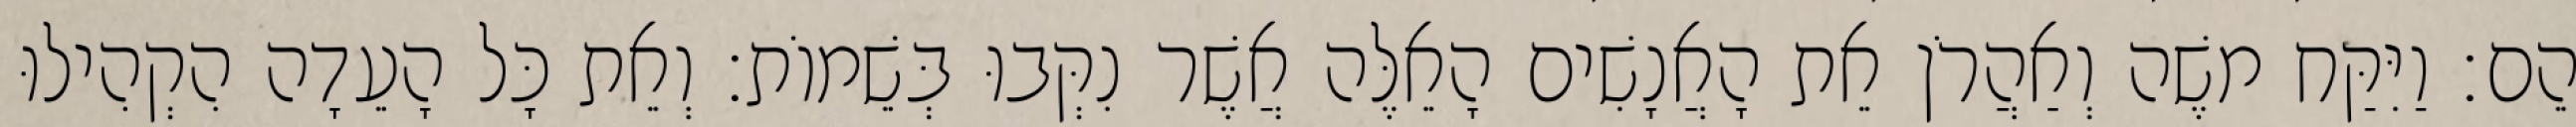
הֵם׃ וַיִּקַּח משֶׁה וְאַהֲרֹן אֵת הָאֲנָשִׁים הָאֵלֶּה אֲשֶׁר נִקְּבוּ בְּשֵׁמוֹת׃ וְאֵת כָּל הָעֵדָה הִקְהִילוּ